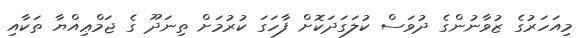
މިއަހަރުގެ ޒުވާނުންގެ ދުވަސް ކުލަގަދަކޮށް ފާހަގަ ކުރުމަށް ތިނަދޫ ގެ ޖަމްޢިއްޔާ ތަކާއި